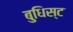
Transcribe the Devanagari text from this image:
बुधिस्ट